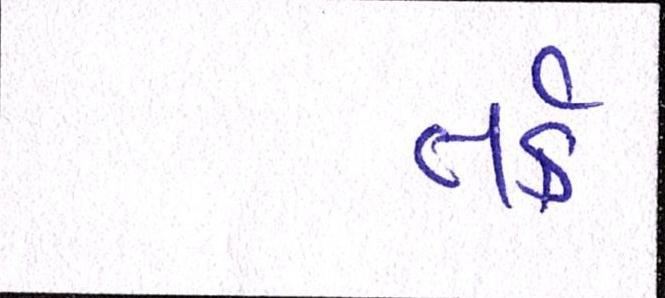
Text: તર્ક